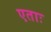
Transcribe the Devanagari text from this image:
एताः